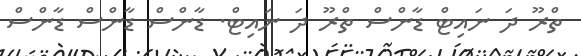
ތްރޫ ދަ ނައިޓް ޑާންސް ތްރޫ ދަ ނައިޓް. ޑާންސް ޑާންސް ޑާންސް